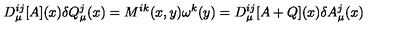
D _ { \mu } ^ { i j } [ A ] ( x ) \delta Q _ { \mu } ^ { j } ( x ) = M ^ { i k } ( x , y ) \omega ^ { k } ( y ) = D _ { \mu } ^ { i j } [ A + Q ] ( x ) \delta A _ { \mu } ^ { j } ( x )